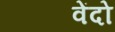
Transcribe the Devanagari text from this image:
वेंदो